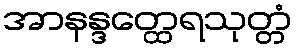
အာနန္ဒတ္ထေရသုတ္တံ